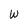
Character: W